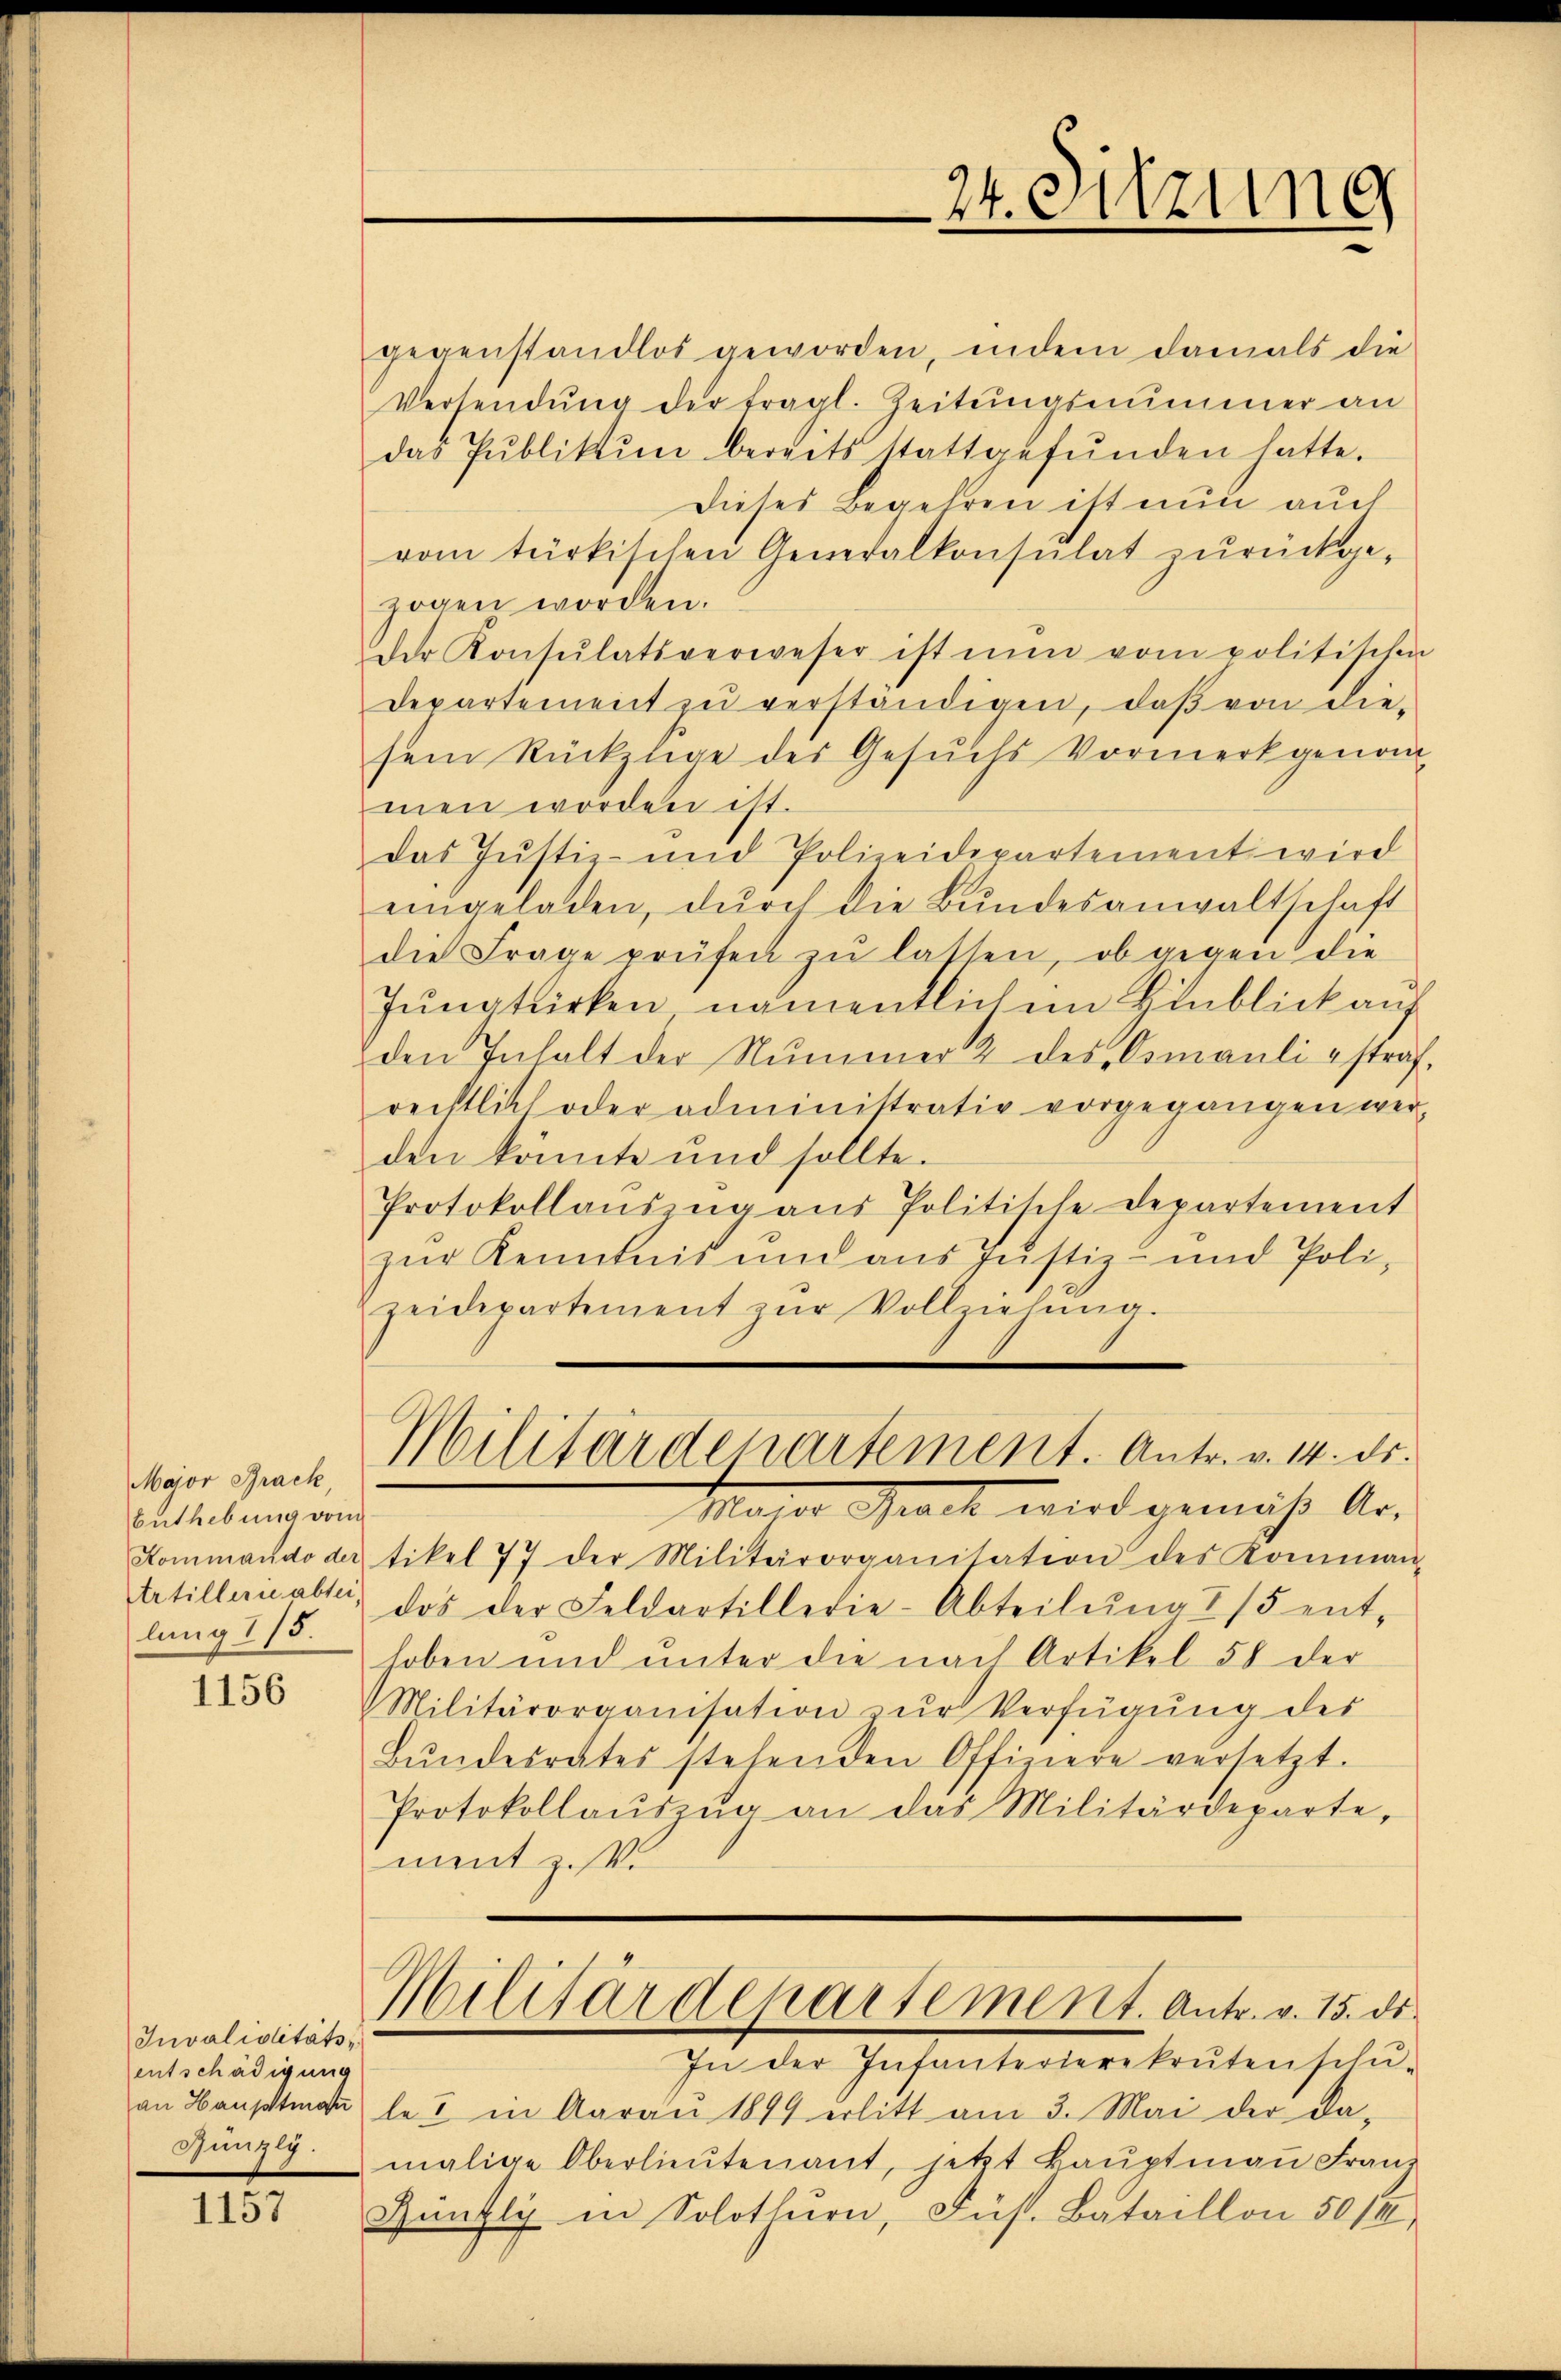
Major Brack
Buthebung vom
Kommando der
trtillerie absei-
lung 15.

1156

Invaliditätsentschädigung

1157

gegenstandlos geworden, indem damals die
Versendŭng der fragl. Zeitungsnimmer an
das Pŭblikŭm bereits stattgefŭnden hatte.
dieses Begehren ist nun auch
vom türkischen Generalkonsulat zŭrückge-
zogen worden.
der Konsulatsverweser ist nun vom politischen
Departement zu verständigen, daß von diesem Rückzuge des Gesuchs Vormerkgenom-
men worden ist.
das Justiz- und Polizeidepartement wird
eingeladen, dŭrch die Bŭndesanwaltschaft
die Frage prüfen zŭ lassen, ob gegen die
Junatwirken namentlichem Hinblick auf
den Inhalt der Nummer 2 des Osmanli - straf.
rechtlich oder administrativ vorgegangen wer-
den könnte und sollte.
Protokollaŭszŭg aŭs Politikle Departement
zur Kenntnis und aus Justiz- und Poli-
zeidepartement zŭr Vollziehung.

Mater Gack wird gemäss Ar-
tikel 77 der Militärorganisation des Komman-
dos der Feldartillerie-Abteilŭng 215 ent-
hoben und unter die nach Artikel 58 der
Militärorganisation zŭr Verfügŭng des
Bŭndesrates stehenden Offiziere versetzt.
Protokollaŭszŭg an das Militärdeparte,
ment z.V.
Militärdepartement. Antr. v. 15. ds.
In der Infanterierekruten schŭ-
an Hauptman les in Aarau 1849 erlitt am 3. Mai der da-
Günzgmalige Oberlieŭtenant, jetzt kaŭptmaṅ Franz
Züntly in Solothurn, Fühl. Bataillon 50/4

24. Sitzung

Militärdepartement. Antr. v. 14. ds.